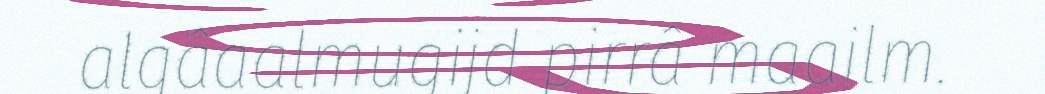
algâaalmugijd pirrâ maailm.